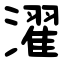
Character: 濯